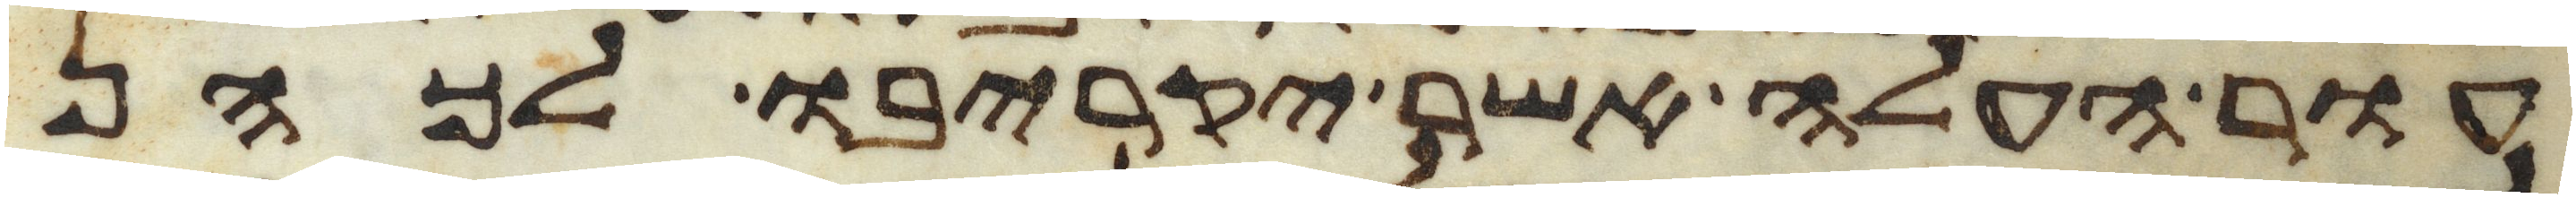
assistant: עור העלה אשר יקריבו לכהן